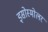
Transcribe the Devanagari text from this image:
इसोस्मोलर